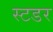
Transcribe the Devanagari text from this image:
स्टडर